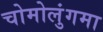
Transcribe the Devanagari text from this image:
चोमोलुंगमा